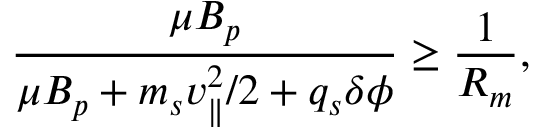
\frac { \mu \ensuremath { B _ { p } } } { \mu \ensuremath { B _ { p } } + m _ { s } v _ { \parallel } ^ { 2 } / 2 + q _ { s } \delta \phi } \geq \frac { 1 } { R _ { m } } ,